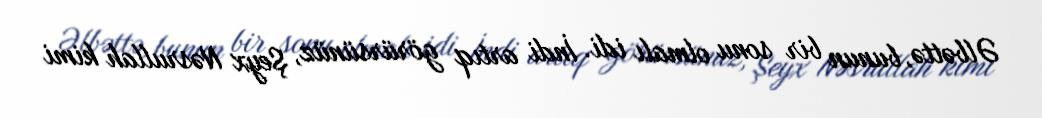
Əlbəttə, bunun bir sonu olmalı idi. İndi artıq görürsünüz, Şeyx Nəsrullah kimi